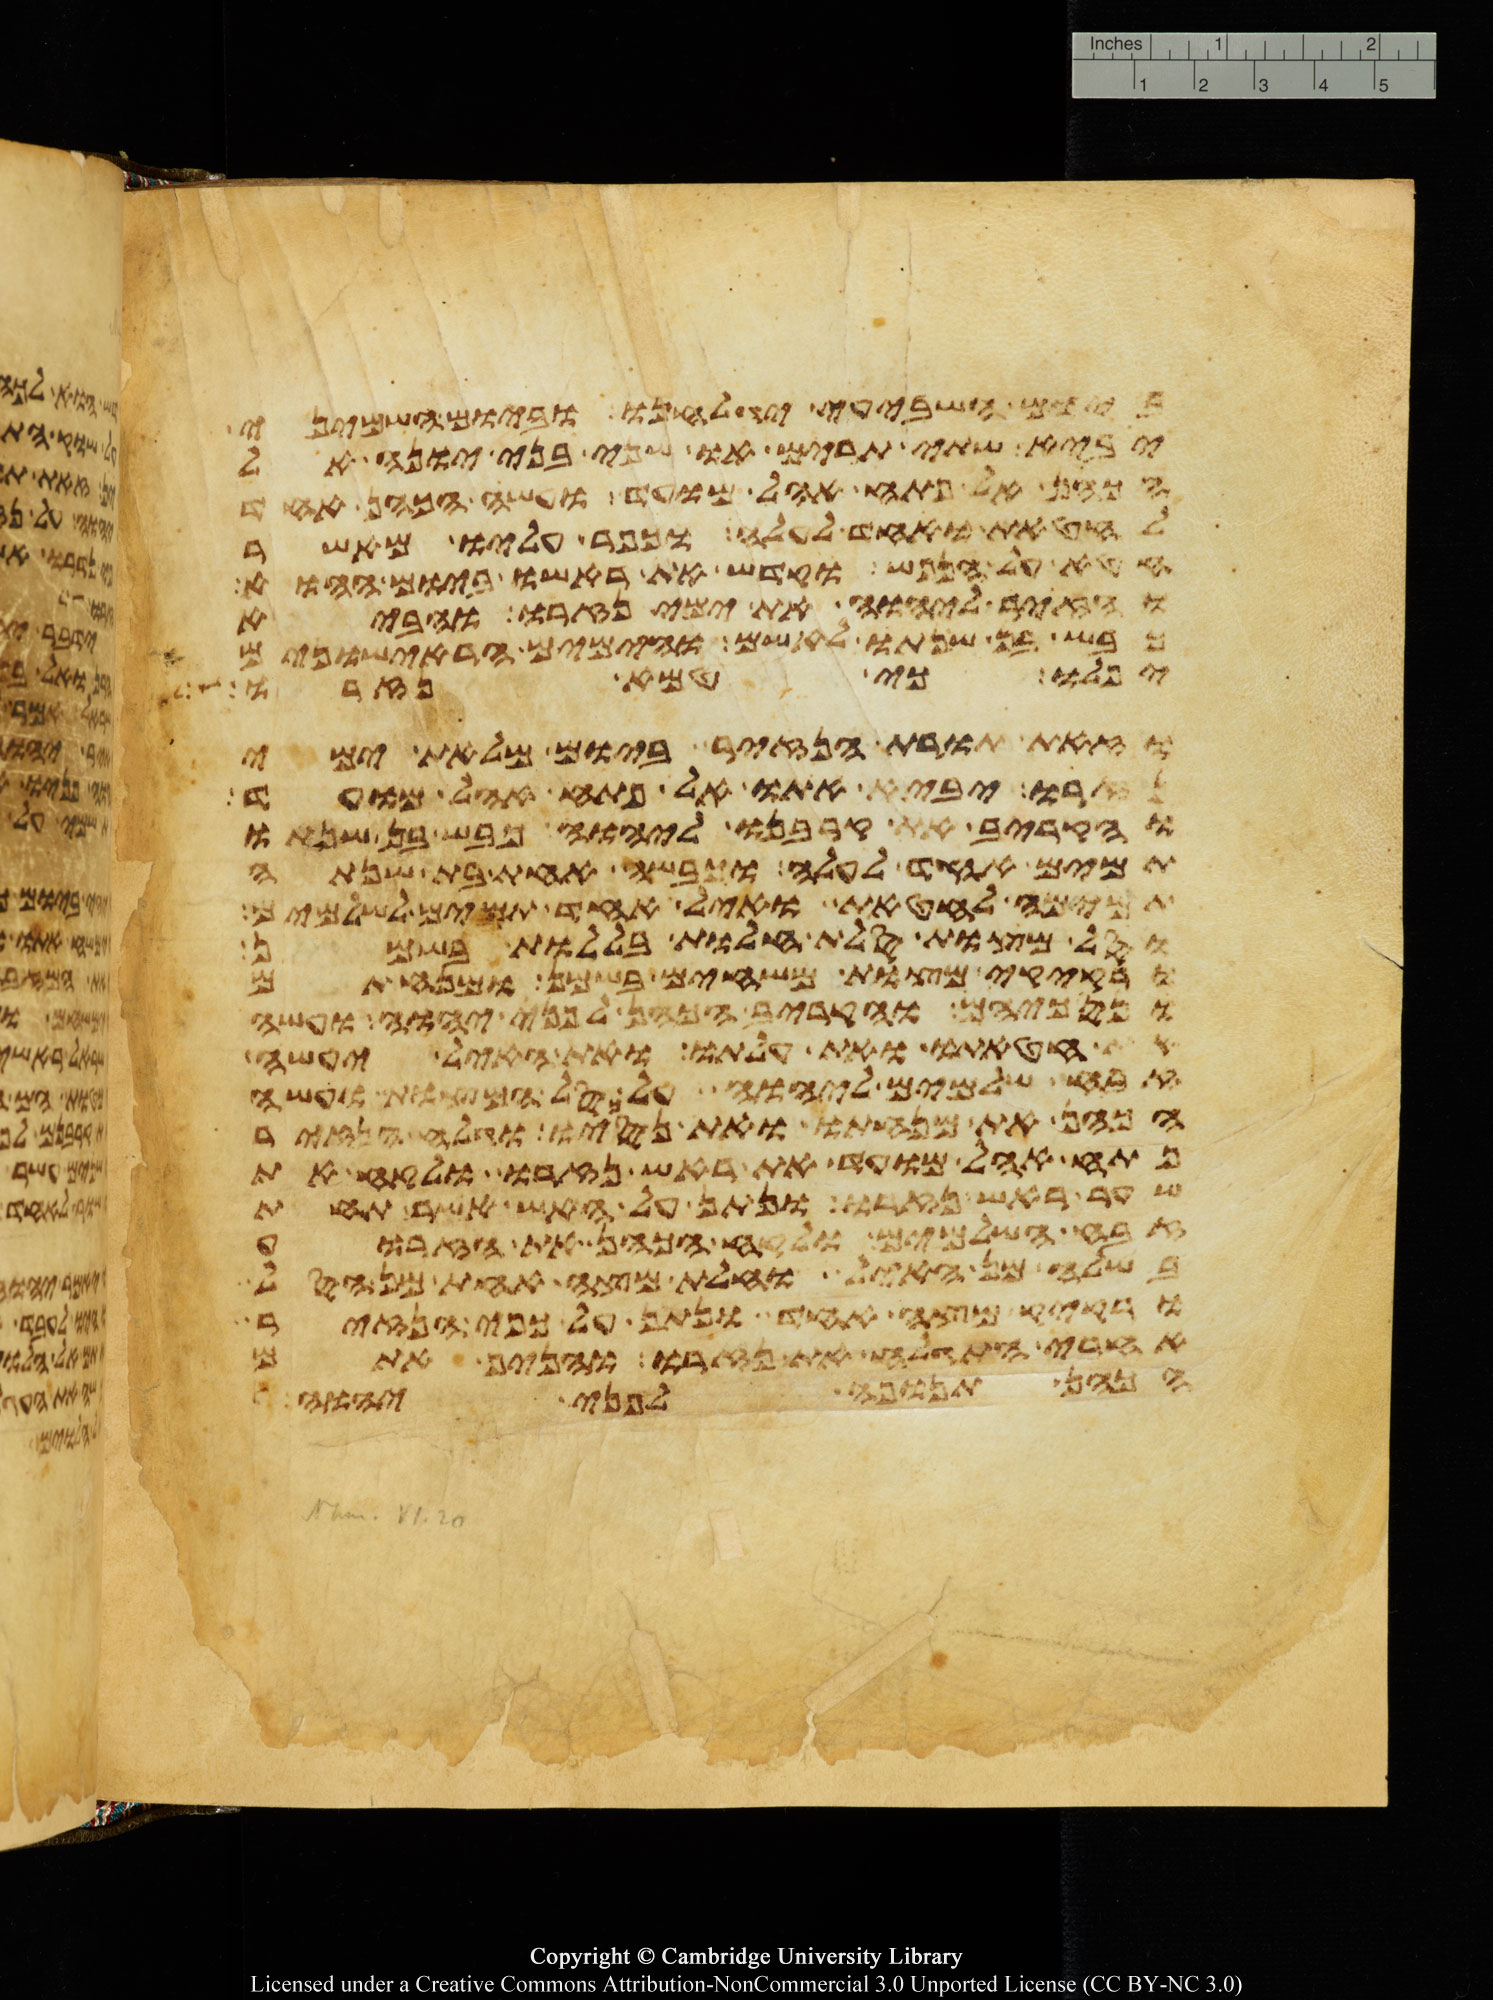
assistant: ביום השביעי יגלחנו וביום השמיני
יביא שתי תרים או שני בני יונה אל
הכהן אל פתח אהל מועד ועשה הכהן אחד
לחטאת ואחד לעלה וכפר עליו מאשר
חטא על הנפש וקדש את ראשו ביום ההוא
והזיר ליהוה את ימי נזרו והביא
כבש בן שנתו לאשם והימים הראישונים
יפלו כי טמא נזרו
וזאת תורת הנזיר ביום מלאת ימי
נזרו יביא אתו אל פתח אהל מועד
והקריב את קרבנו ליהוה כבש בן שנתו
תמים אחד לעלה וכבשה אחת בת שנתה
תמימה לחטאת ואיל אחד תמים לשלמים
וסל מצות סלת חלות בללות בשמן
ורקיקי מצות משחים בשמן ומנחתם
ונסכיהם והקריב הכהן לפני יהוה ועשה
את חטאתו ואת עלתו ואת האיל יעשה
זבח שלמים ליהוה על סל המצות ועשה
הכהן את מנחתו ואת נסכו וגלח הנזיר
פתח אהל מועד את ראש נזרו ולקח את
שער ראש נזרו ונתן על האש אשר תחת
זבח השלמים ולקח הכהן את הזרוע
בשלה מן האיל וחלת מצה אחת מן הסל
ורקיק מצה אחד ונתן על כפי הנזיר
אחרי התגלח את נזרו והניף אתם
הכהן תנופה לפני יהוה